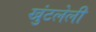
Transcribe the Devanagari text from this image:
खुंटलेली